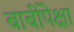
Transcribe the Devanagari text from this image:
बाबींपेक्षा